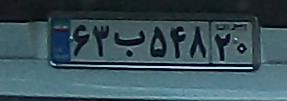
۶۳ب۵۴۸۲۰